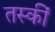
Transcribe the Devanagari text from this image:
तस्कीं